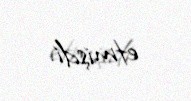
etmişdi.